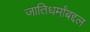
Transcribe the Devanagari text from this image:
जातिधर्मांबद्दल